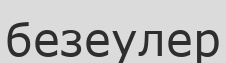
безеулер